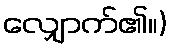
လျှောက်၏။)